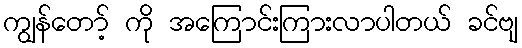
ကျွန်တော့် ကို အကြောင်းကြားလာပါတယ် ခင်ဗျ